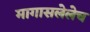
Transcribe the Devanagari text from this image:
मागासलेलेच